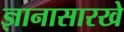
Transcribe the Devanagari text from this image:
ज्ञानासारखे